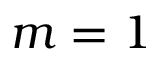
m = 1